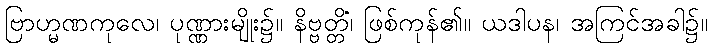
ဗြာဟ္မဏကုလေ၊ ပုဏ္ဏားမျိုး၌။ နိဗ္ဗတ္တိံ၊ ဖြစ်ကုန်၏။ ယဒါပန၊ အကြင်အခါ၌။